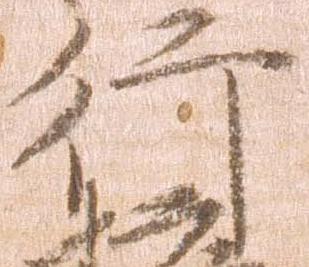
行